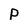
Character: P